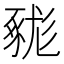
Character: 𧱦